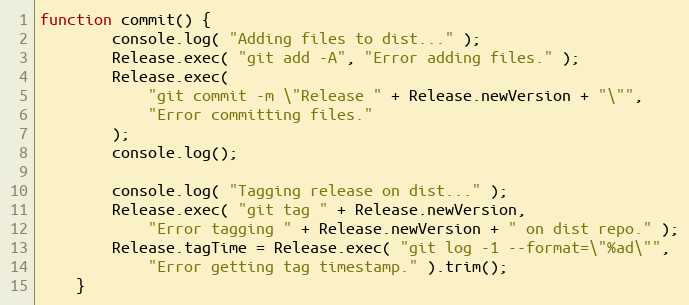
Language: JavaScript
function commit() {
		console.log( "Adding files to dist..." );
		Release.exec( "git add -A", "Error adding files." );
		Release.exec(
			"git commit -m \"Release " + Release.newVersion + "\"",
			"Error committing files."
		);
		console.log();

		console.log( "Tagging release on dist..." );
		Release.exec( "git tag " + Release.newVersion,
			"Error tagging " + Release.newVersion + " on dist repo." );
		Release.tagTime = Release.exec( "git log -1 --format=\"%ad\"",
			"Error getting tag timestamp." ).trim();
	}